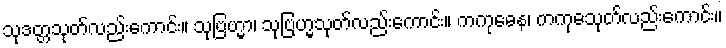
သုဒတ္တသုတ်လည်းကောင်း။ သုဗြဟ္မာ၊ သုဗြဟ္မသုတ်လည်းကောင်း။ ကကုဓေန၊ ကကုဓသုတ်လည်းကောင်း။